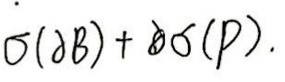
\[
\sigma(\partial B)+\partial\sigma(P).
\]